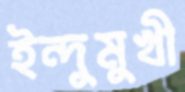
ইন্দুমুখী